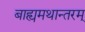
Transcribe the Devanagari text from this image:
बाह्यमथान्तरम्